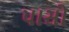
પાસો